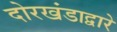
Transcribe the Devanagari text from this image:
दोरखंडाद्वारे